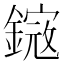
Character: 𨫕